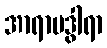
အာရာမဒွါရာ